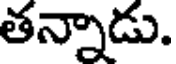
తన్నాడు.